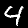
Label: 4